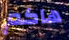
هاكم